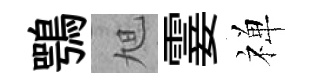
鶚旭霎禅